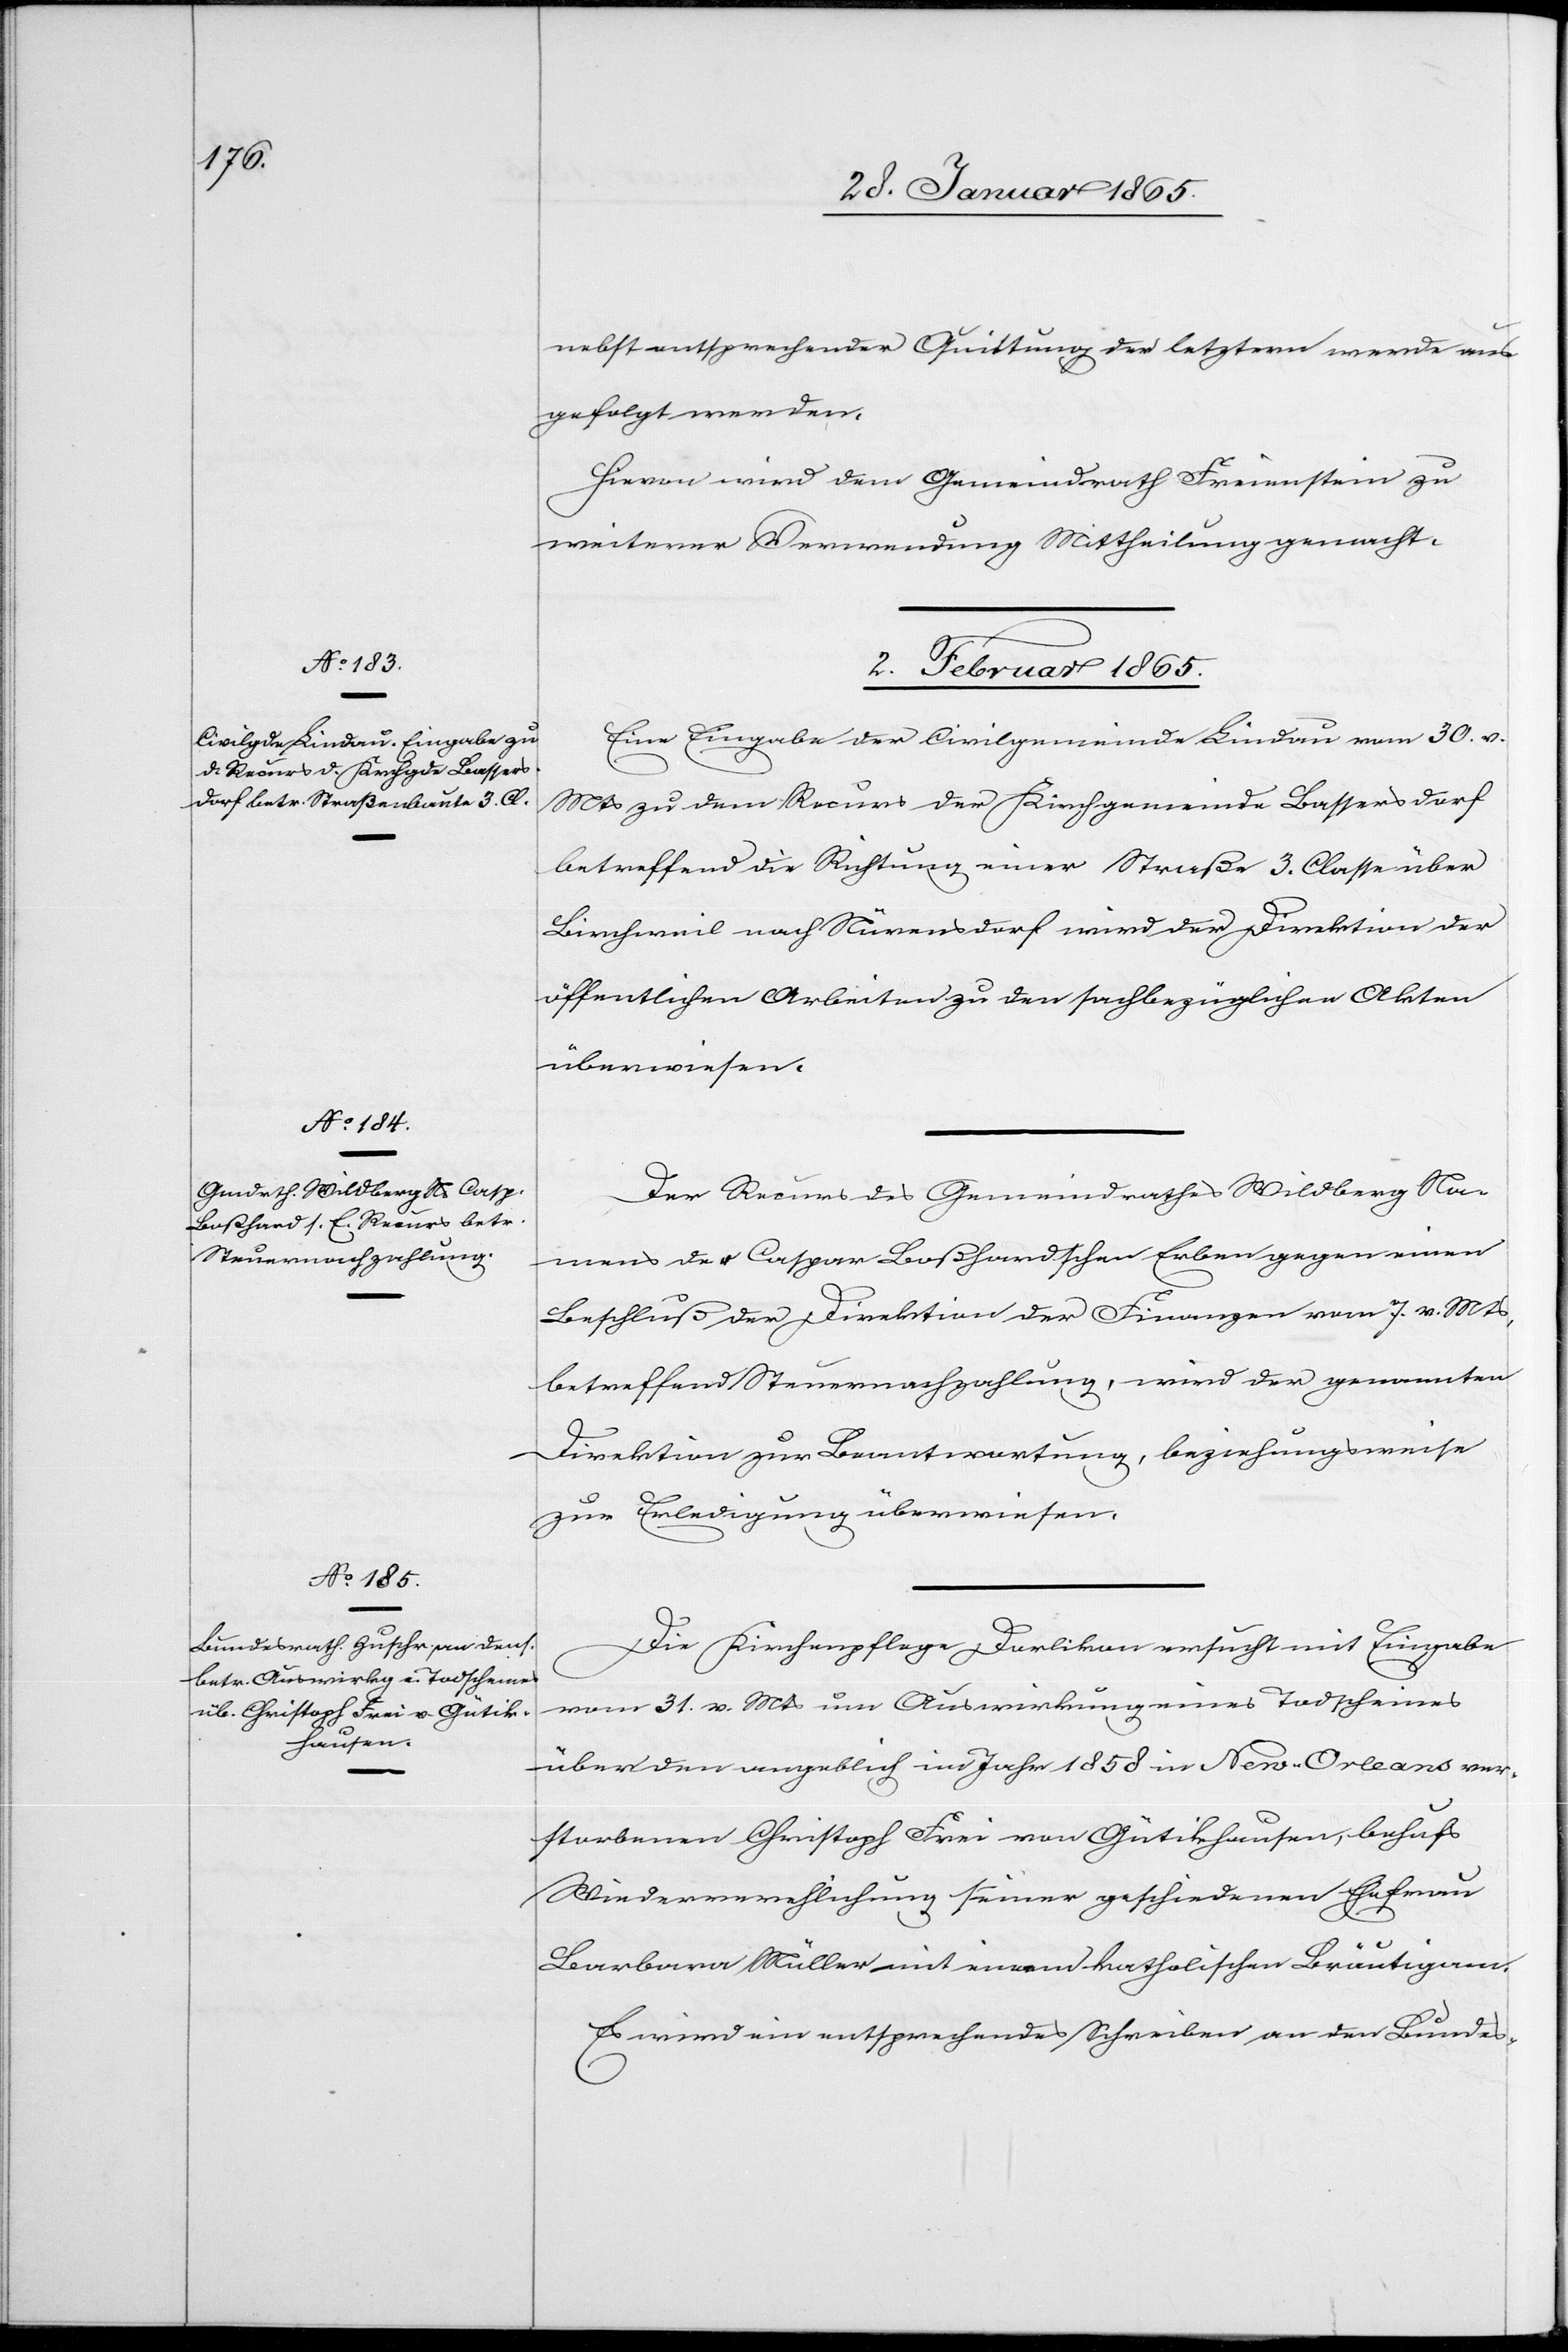
nebst entsprechender Quittung der letztern werde aus¬
gefolgt werden.
Hievon wird dem Gemeindrath Freienstein zu
weiterer Verwendung Mittheilung gemacht.
2. Februar 1865.]
Eine Eingabe der Civilgemeinde Lindau vom 30. v.
Mts zu dem Recurs der Kirchgemeinde Bassersdorf
betreffend die Richtung einer Straße 3. Classe über
Birchweil nach Nürensdorf wird der Direktion der
öffentlichen Arbeiten zu den sachbezüglichen Akten
überwiesen.
Der Recurs des Gemeindrathes Wildberg Na¬
mens der Caspar Boßhardschen Erben gegen einen
Beschluß der Direktion der Finanzen vom 7. v. Mts,
betreffend Steuernachzahlung, wird der genannten
Direktion zur Beantwortung, beziehungsweise
zur Erledigung überwiesen.
Die Kirchenpflege Dorlikon ersucht mit Eingabe
vom 31. v. Mts um Auswirkung eines Todscheines
über den angeblich im Jahr 1858 in New-Orleans ver¬
storbenen Christoph Frei von Gütikhausen, behufs
Wiederverehlichung seiner geschiedenen Ehefrau
Barbara Müller mit einem katholischen Bräutigam.
Es wird ein entsprechendes Schreiben an den Bundes-